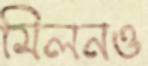
মিলনও